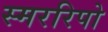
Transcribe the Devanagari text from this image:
स्मररिपो